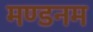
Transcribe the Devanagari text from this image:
मण्‍डनम